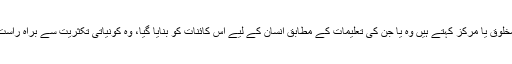
عمومی طور پر وہ تمام مذاہب جو انسان کو کائنات کی اہم ترین مخلوق یا مرکز کہتے ہیں وہ یا جن کی تعلیمات کے مطابق انسان کے لیے اس کائنات کو بنایا گیا، وہ کونیاتی تکثریت سے براہ راست متصادم ہوتے ہوئے نظر آتے ہیں (کم از کم تاریخی بحث میں)۔